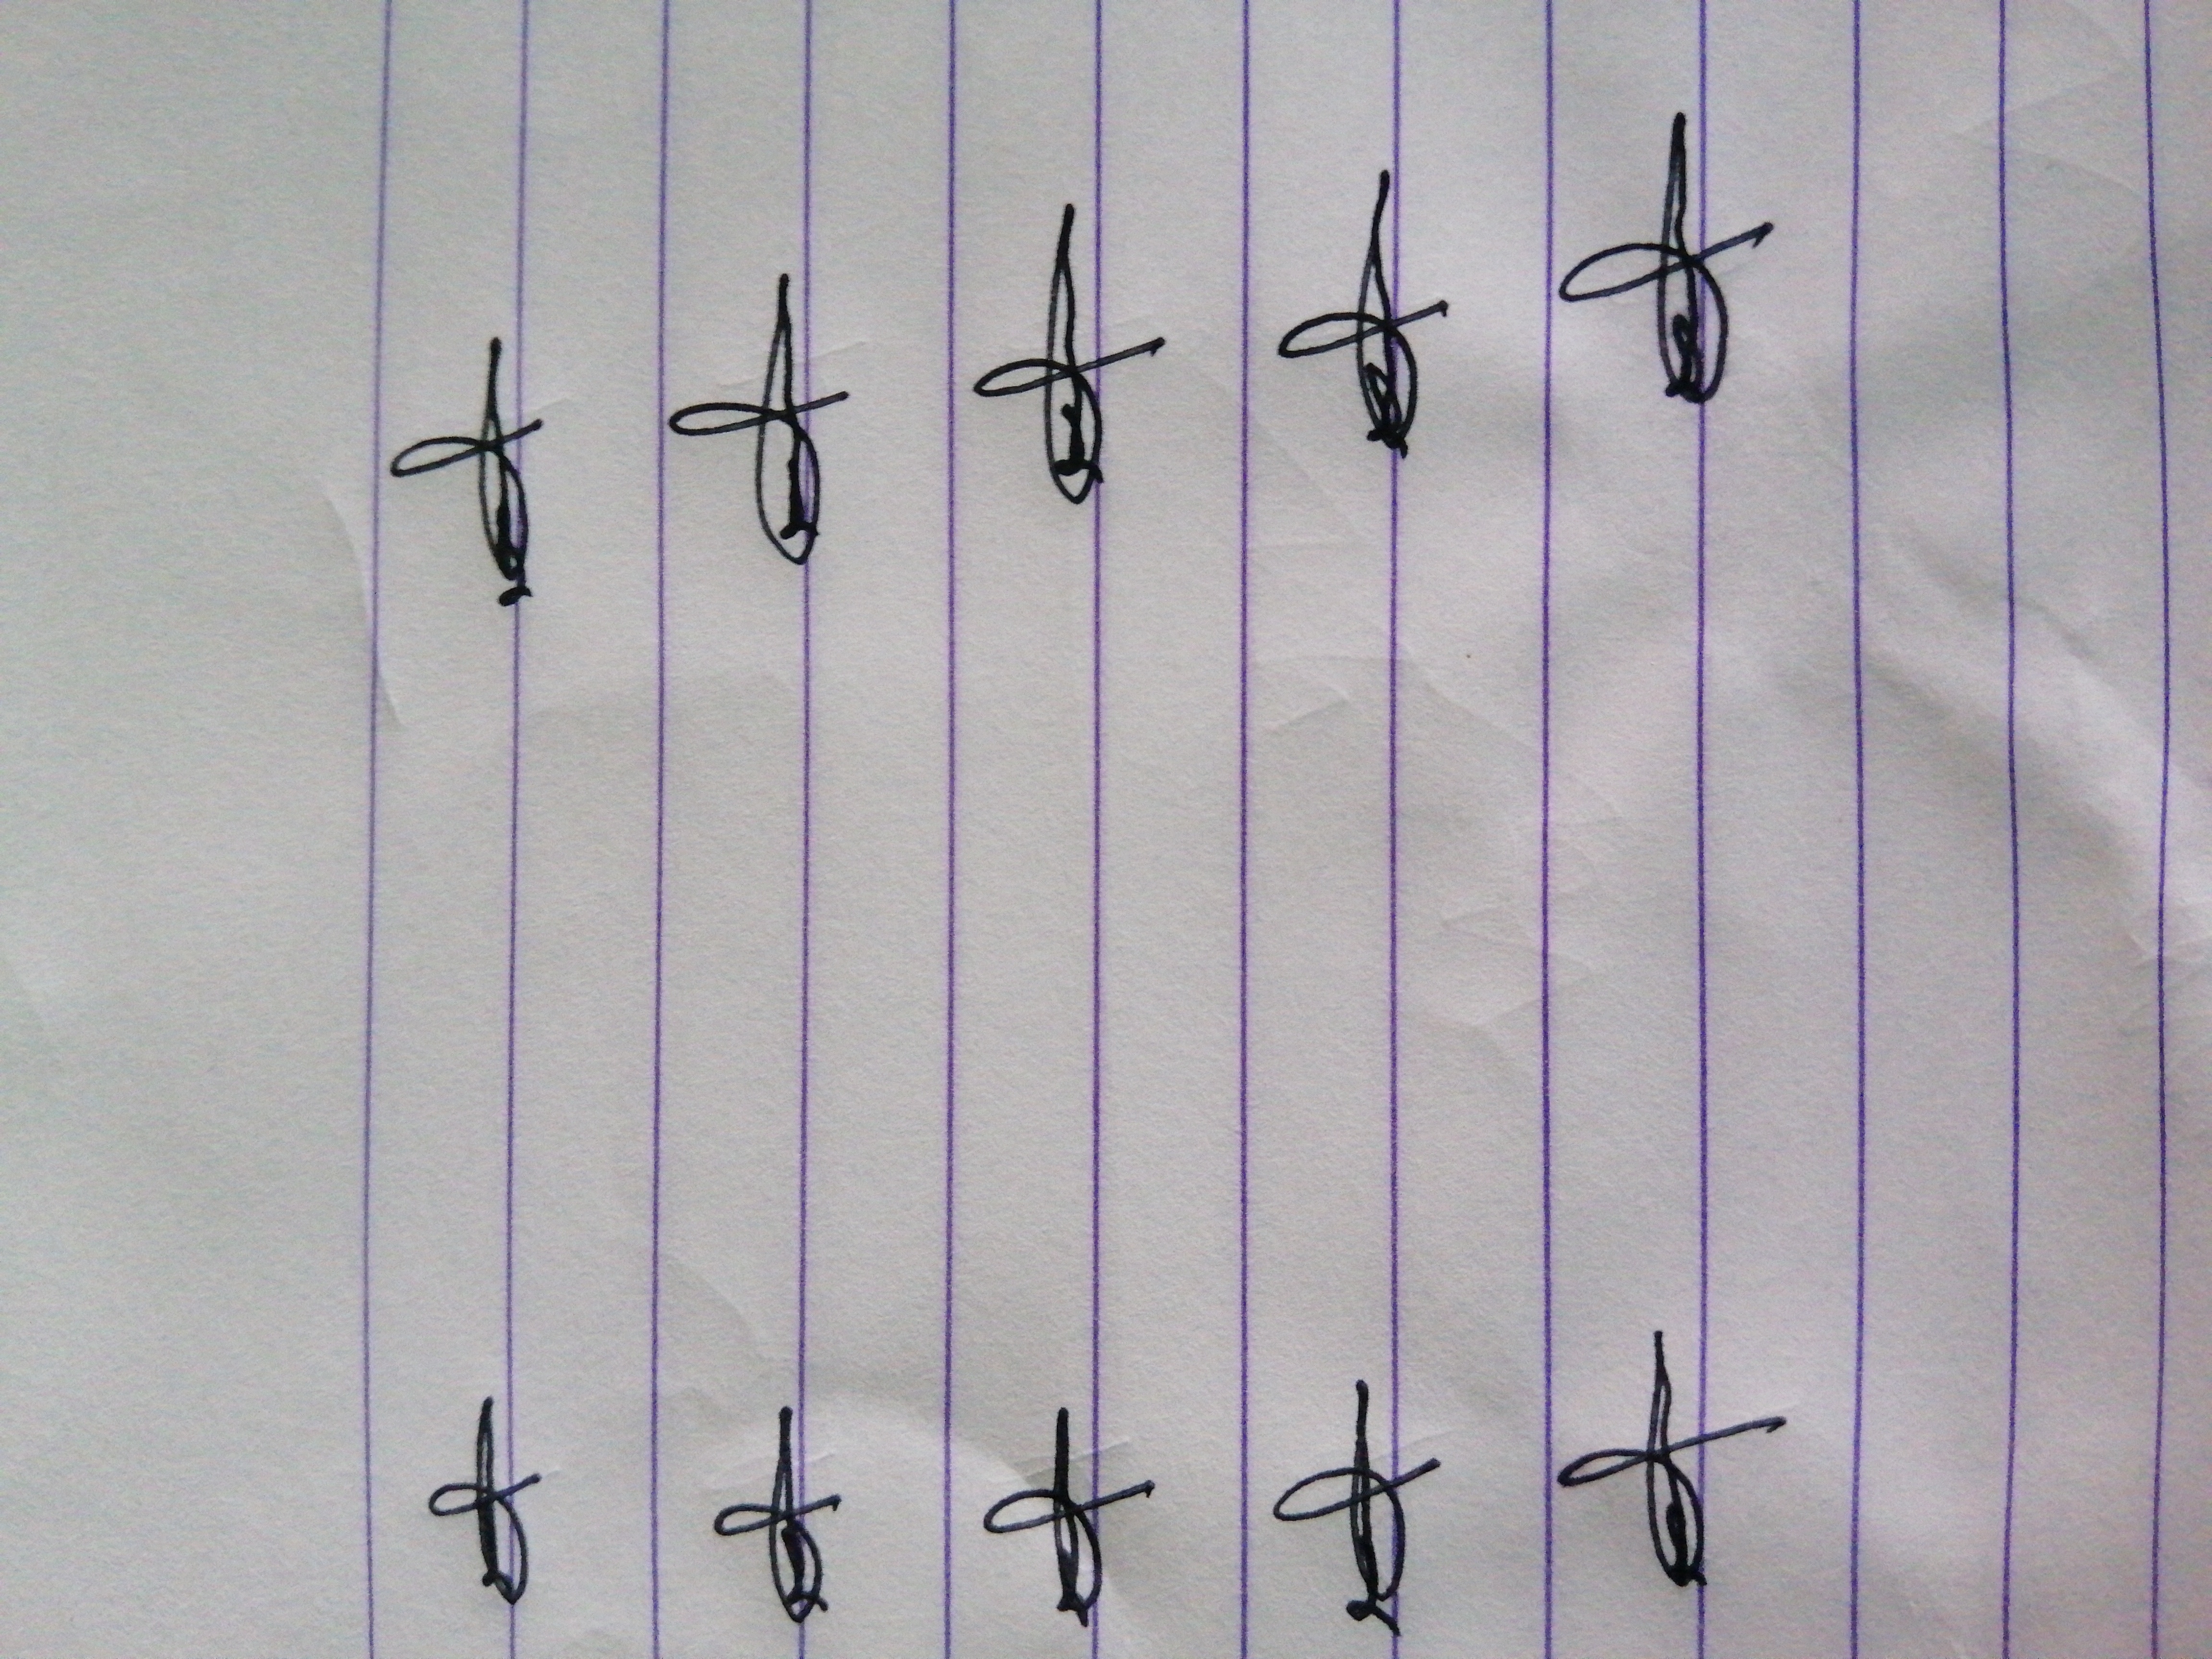
Signature authenticity: genuine